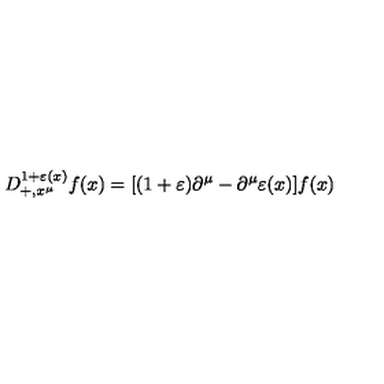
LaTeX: D _ { + , x ^ { \mu } } ^ { 1 + \varepsilon ( x ) } f ( x ) = [ ( 1 + \varepsilon ) \partial ^ { \mu } - \partial ^ { \mu } \varepsilon ( x ) ] f ( x )